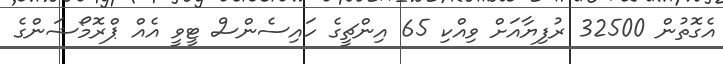
އެގޮތުން 32500 ރުފިޔާއަށް ވިއްކި 65 އިންޗީގެ ހައިސެންސް ޓީވީ އެއް ޕްރޮމޯޝަންގެ